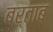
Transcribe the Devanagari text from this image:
बर्ताब